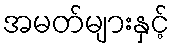
အမတ်များနှင့်